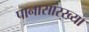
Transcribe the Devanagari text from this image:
पानासारख्या